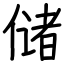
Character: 储